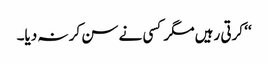
‘‘ کرتی رہیں مگر کسی نے سن کر نہ دیا۔